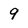
Character: 9